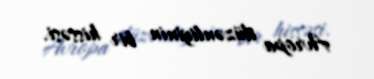
Avropa düzənliyinin bir hissəsi.